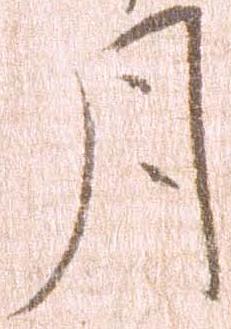
月